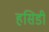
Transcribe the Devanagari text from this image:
हसिडी